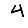
Digit: 4